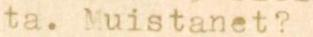
ta. Muistanet?